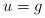
LaTeX: \begin{align*}u=g\quad\end{align*}